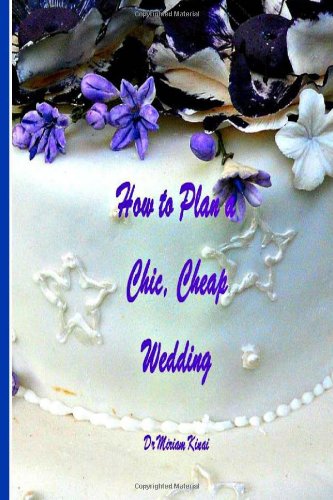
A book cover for How to Plan a Chic, Cheap Wedding; Miriam Kinai; Crafts, Hobbies & Home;